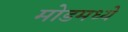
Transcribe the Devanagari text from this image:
मोडमध्ये